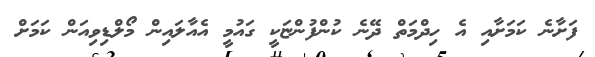
ފަށާނެ ކަމަށާއި އެ ހިދްމަތް ދޭނެ ކުންފުންޏަކީ ގައުމީ އެއާލައިން މޯލްޑިވިއަން ކަމަށް